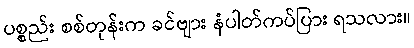
ပစ္စည်း စစ်တုန်းက ခင်ဗျား နံပါတ်ကပ်ပြား ရသလား။